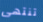
تنتهى